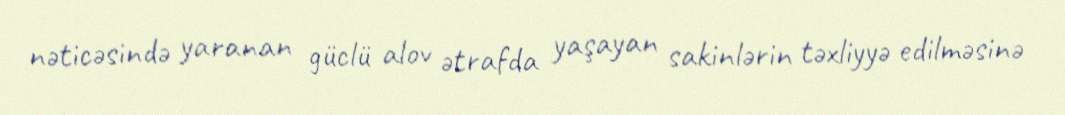
nəticəsində yaranan güclü alov ətrafda yaşayan sakinlərin təxliyyə edilməsinə